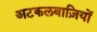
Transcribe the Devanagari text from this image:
अटकलबाज़ियों